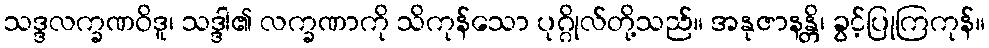
သဒ္ဒလက္ခဏဝိဒူ၊ သဒ္ဒါ၏ လက္ခဏာကို သိကုန်သော ပုဂ္ဂိုလ်တို့သည်။ အနုဇာနန္တိ၊ ခွင့်ပြုကြကုန်။